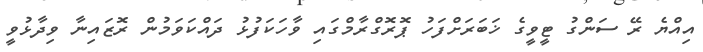
އިއްޔެ ރޭ ސަންގު ޓީވީގެ ޚަބަރަށްފަހު ޕޮރޮގްރާމްގައި ވާހަކަފުޅު ދައްކަވަމުން ރޮޒައިނާ ވިދާޅުވީ